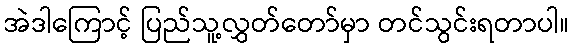
အဲဒါကြောင့် ပြည်သူ့လွှတ်တော်မှာ တင်သွင်းရတာပါ။